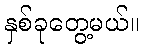
နှစ်ခုတွေ့မယ်။